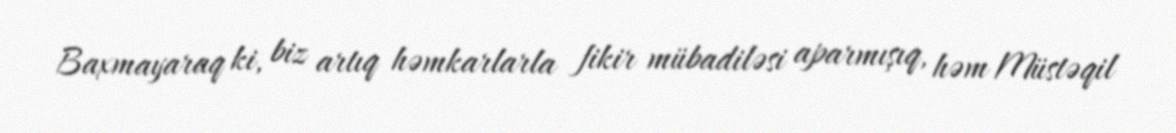
Baxmayaraq ki, biz artıq həmkarlarla fikir mübadiləsi aparmışıq, həm Müstəqil